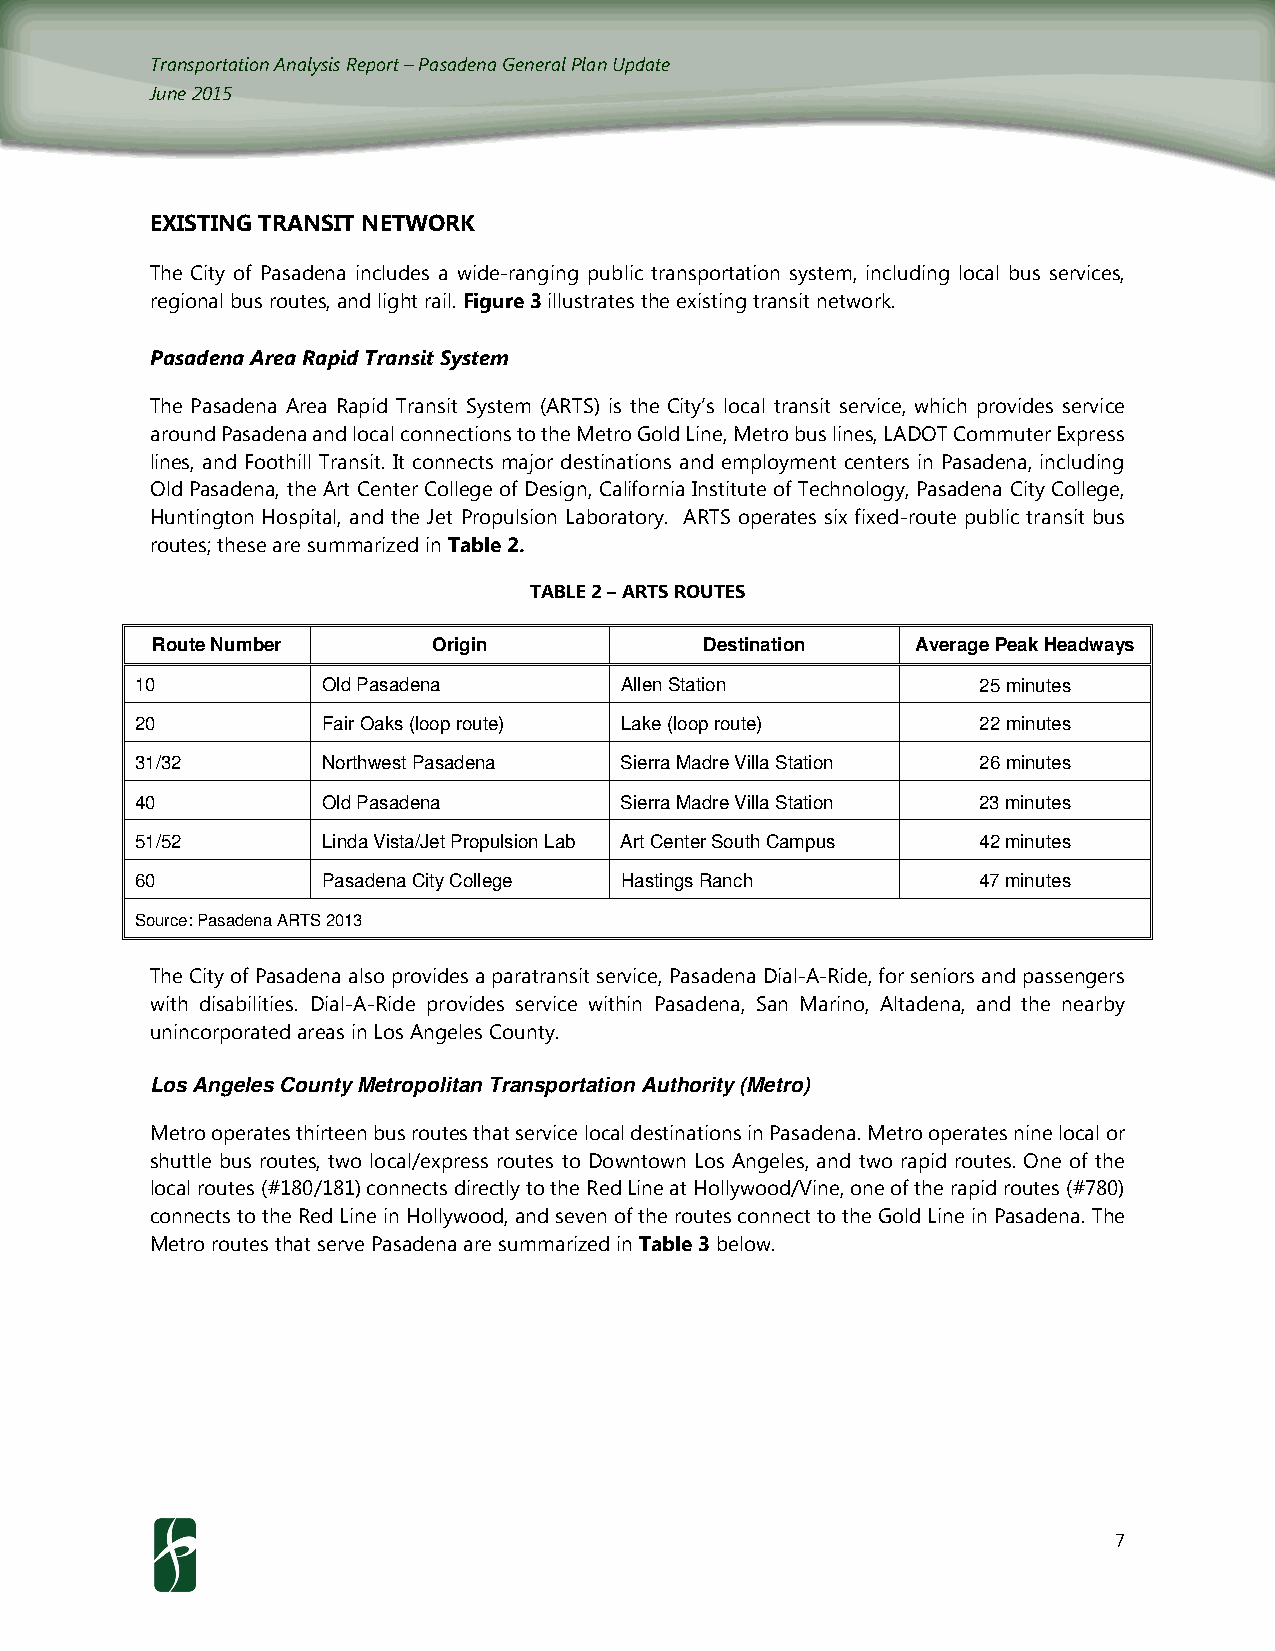
Transportation Analysis Report – Pasadena General Plan Update
 June 2015
 EXISTING TRANSIT NETWORK
 The City of Pasadena includes a wide-ranging public transportation system, including local bus services,
 regional bus routes, and light rail. Figure 3 illustrates the existing transit network.
 Pasadena Area Rapid Transit System
 The Pasadena Area Rapid Transit System (ARTS) is the City’s local transit service, which provides service
 around Pasadena and local connections to the Metro Gold Line, Metro bus lines, LADOT Commuter Express
 lines, and Foothill Transit. It connects major destinations and employment centers in Pasadena, including
 Old Pasadena, the Art Center College of Design, California Institute of Technology, Pasadena City College,
 Huntington Hospital, and the Jet Propulsion Laboratory. ARTS operates six fixed-route public transit bus
 routes; these are summarized in Table 2.
 TABLE 2 – ARTS ROUTES
 Route Number       Origin            Destination   Average Peak Headways
 10          Old Pasadena        Allen Station           25 minutes
 20          Fair Oaks (loop route) Lake (loop route)    22 minutes
 31/32       Northwest Pasadena  Sierra Madre Villa Station 26 minutes
 40          Old Pasadena        Sierra Madre Villa Station 23 minutes
 51/52       Linda Vista/Jet Propulsion Lab Art Center South Campus 42 minutes
 60          Pasadena City College Hastings Ranch        47 minutes
 Source: Pasadena ARTS 2013
 The City of Pasadena also provides a paratransit service, Pasadena Dial-A-Ride, for seniors and passengers
 with disabilities. Dial-A-Ride provides service within Pasadena, San Marino, Altadena, and the nearby
 unincorporated areas in Los Angeles County.
 Los Angeles County Metropolitan Transportation Authority (Metro)
 Metro operates thirteen bus routes that service local destinations in Pasadena. Metro operates nine local or
 shuttle bus routes, two local/express routes to Downtown Los Angeles, and two rapid routes. One of the
 local routes (#180/181) connects directly to the Red Line at Hollywood/Vine, one of the rapid routes (#780)
 connects to the Red Line in Hollywood, and seven of the routes connect to the Gold Line in Pasadena. The
 Metro routes that serve Pasadena are summarized in Table 3 below.
 7